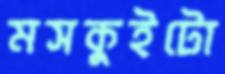
মসকুইটো